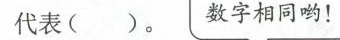
代表( )。 数字相同哟！